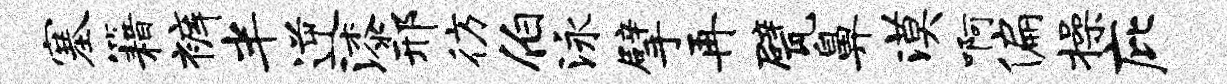
塞籍裤半逆漆邢彷伯泳擘再甓鼻漠啊偏操庇